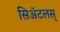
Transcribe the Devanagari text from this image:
सिॲटलस्